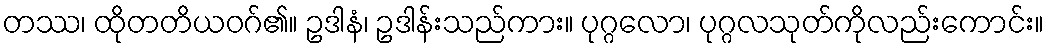
တဿ၊ ထိုတတိယဝဂ်၏။ ဥဒါနံ၊ ဥဒါန်းသည်ကား။ ပုဂ္ဂလော၊ ပုဂ္ဂလသုတ်ကိုလည်းကောင်း။